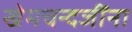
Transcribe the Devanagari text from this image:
खेमचन्दजींना